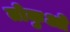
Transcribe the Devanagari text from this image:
तोकुओ